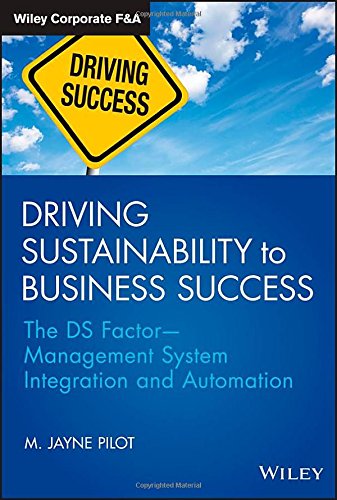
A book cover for Driving Sustainability to Business Success: The DS FactorManagement System Integration and Automation (Wiley Corporate F&A); M. Jayne Pilot; Business & Money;